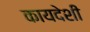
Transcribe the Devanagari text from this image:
कायदेशी